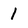
Character: 1